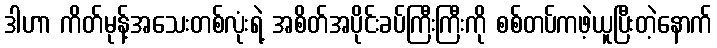
ဒါဟာ ကိတ်မုန့်အသေးတစ်လုံးရဲ့ အစိတ်အပိုင်းခပ်ကြီးကြီးကို စစ်တပ်ကဖဲ့ယူပြီးတဲ့နောက်